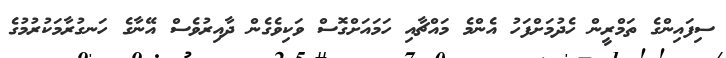
ސިފައިންގެ ތަމްރީން ހެދުމަށްފަހު އެންމެ މައްޗާއި ހަމައަށްގޮސް ވަކިވެގެން ދާއިރުވެސް އޭނާގެ ހަނގުރާމަކުރުމުގެ